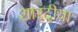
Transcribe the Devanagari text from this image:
शारदीया